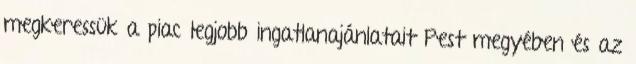
megkeressük a piac legjobb ingatlanajánlatait Pest megyében és az